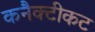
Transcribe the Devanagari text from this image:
कनैक्टीकट